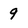
Character: 9